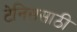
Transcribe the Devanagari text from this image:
टेनिससाठी